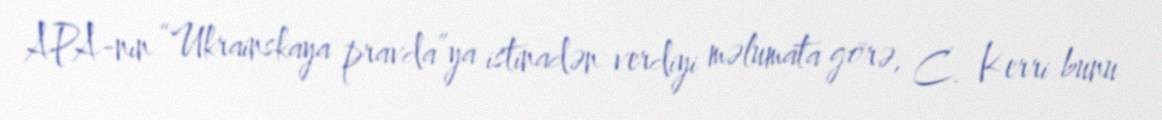
APA-nın “Ukrainskaya pravda”ya istinadən verdiyi məlumata görə, C. Kerri bunu